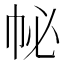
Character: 𢁽